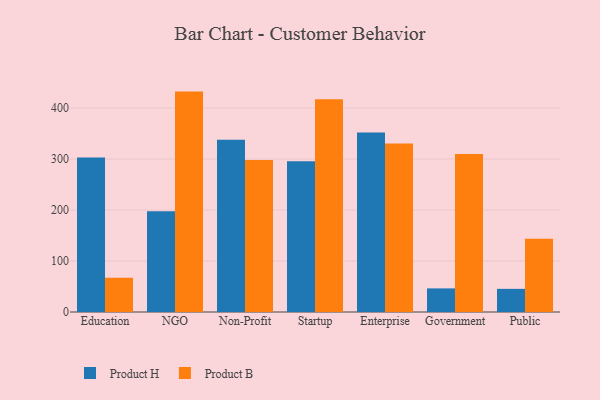
{"axis": {"x": "Segment", "y": "Customer Acquisition Cost (USD)"}, "legend": ["Product B", "Product H"], "data": [{"x": "Education", "y": 303.0, "type": "Product H"}, {"x": "Education", "y": 67.2, "type": "Product B"}, {"x": "NGO", "y": 197.7, "type": "Product H"}, {"x": "NGO", "y": 432.4, "type": "Product B"}, {"x": "Non-Profit", "y": 338.1, "type": "Product H"}, {"x": "Non-Profit", "y": 298.1, "type": "Product B"}, {"x": "Startup", "y": 295.8, "type": "Product H"}, {"x": "Startup", "y": 417.6, "type": "Product B"}, {"x": "Enterprise", "y": 352.2, "type": "Product H"}, {"x": "Enterprise", "y": 330.6, "type": "Product B"}, {"x": "Government", "y": 46.3, "type": "Product H"}, {"x": "Government", "y": 309.9, "type": "Product B"}, {"x": "Public", "y": 45.4, "type": "Product H"}, {"x": "Public", "y": 143.8, "type": "Product B"}]}